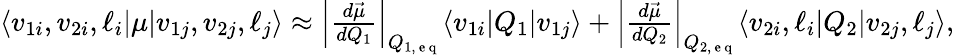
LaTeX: \begin{array}{r}{\langle v_{1i},v_{2i},\ell_{i}\lvert\mu\lvert v_{1j},v_{2j},\ell_{j}\rangle\approx\left|\frac{d\vec{\mu}}{dQ_{1}}\right|_{Q_{1,\mathrm{~e~q~}}}\langle v_{1i}\lvert Q_{1}\lvert v_{1j}\rangle+\left|\frac{d\vec{\mu}}{dQ_{2}}\right|_{Q_{2,\mathrm{~e~q~}}}\langle v_{2i},\ell_{i}\lvert Q_{2}\lvert v_{2j},\ell_{j}\rangle,}\end{array}